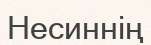
Несиннің